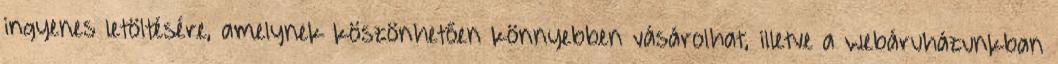
ingyenes letöltésére, amelynek köszönhetően könnyebben vásárolhat, illetve a webáruházunkban